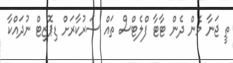
ތީ ޖަނާ މެން ދެން ޓާޓާ ފްލެޓްސް ތައް ސަރުކާރަށް ޑިޕޮޒިޓް ނުދައްކާ